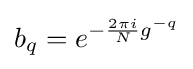
b_{q}=e^{-{\frac {2\pi i}{N}}g^{-q}}